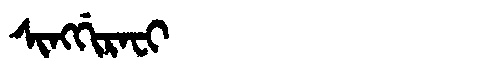
Manchu: ᠰᡳᠩᡤᡳᡵᠠᠸᡳ
Romanization: SINGGIRAFI